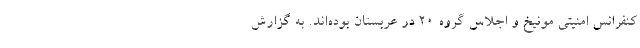
کنفرانس امنیتی مونیخ و اجلاس گروه ۲۰ در عربستان بوده‌اند. به گزارش